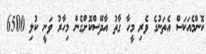
ކޮންމެއަކަސް އެތަނުގެ ވެރި މީހާ ގާތު އާދޭސްކޮށްގެން މިހާރު ވަނީ ކުލި 6500